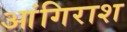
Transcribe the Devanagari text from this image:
आंगिराश